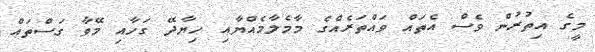
މީގެ އިތުރުން ވެސް އެތައް ވައްތަރެއްގެ މާމެލާމެއްޔާއި ހިޔާދޭ ގަހާއި މޭވާ ގަސްތައް